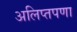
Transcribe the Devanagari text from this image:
अलिप्तपणा